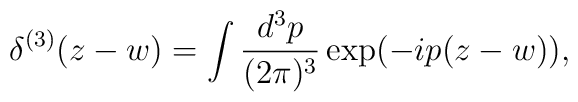
\delta ^{(3)}(z-w)=\int \frac{d^3p}{(2\pi )^3}\exp (-ip(z-w)),